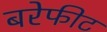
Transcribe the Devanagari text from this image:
बरेफीट